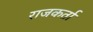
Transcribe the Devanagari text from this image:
राजकर्ता